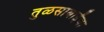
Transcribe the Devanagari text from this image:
तुळसाबाईंचा